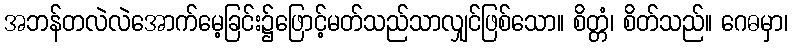
အဘန်တလဲလဲအောက်မေ့ခြင်း၌ဖြောင့်မတ်သည်သာလျှင်ဖြစ်သော။ စိတ္တံ၊ စိတ်သည်။ ဂေဓမှာ၊